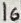
Text: 16